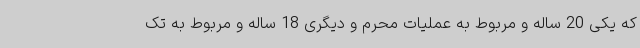
که یکی 20 ساله و مربوط به عملیات محرم و دیگری 18 ساله و مربوط به تک